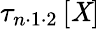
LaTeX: \tau_{n\cdot1\cdot2}\left[\mathit{X}\right]